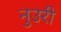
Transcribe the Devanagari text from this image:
नुउरी